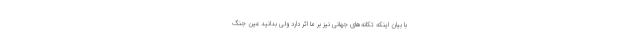
با بیان اینکه تکانه‌های جهانی نیز بر ما اثر دارد ولی بدانید عین جنگ